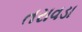
તરાવડા